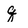
Character: q